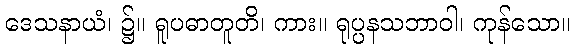
ဒေသနာယံ၊ ၌။ ရူပဓာတူတိ၊ ကား။ ရုပ္ပနသဘာဝါ၊ ကုန်သော။